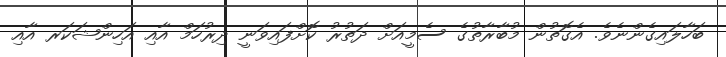
ބަހާލައިގެންނެވެ. އެގޮތުން މުބާރާތުގެ ސެމީއަށް ދަތުރު ކޮށްފައިވަނީ ދިރުހަމް އާއި އަހިންޝަކަރ އާއި